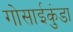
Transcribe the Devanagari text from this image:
गोसाईकुंडा